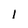
Character: I